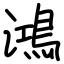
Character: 鴻